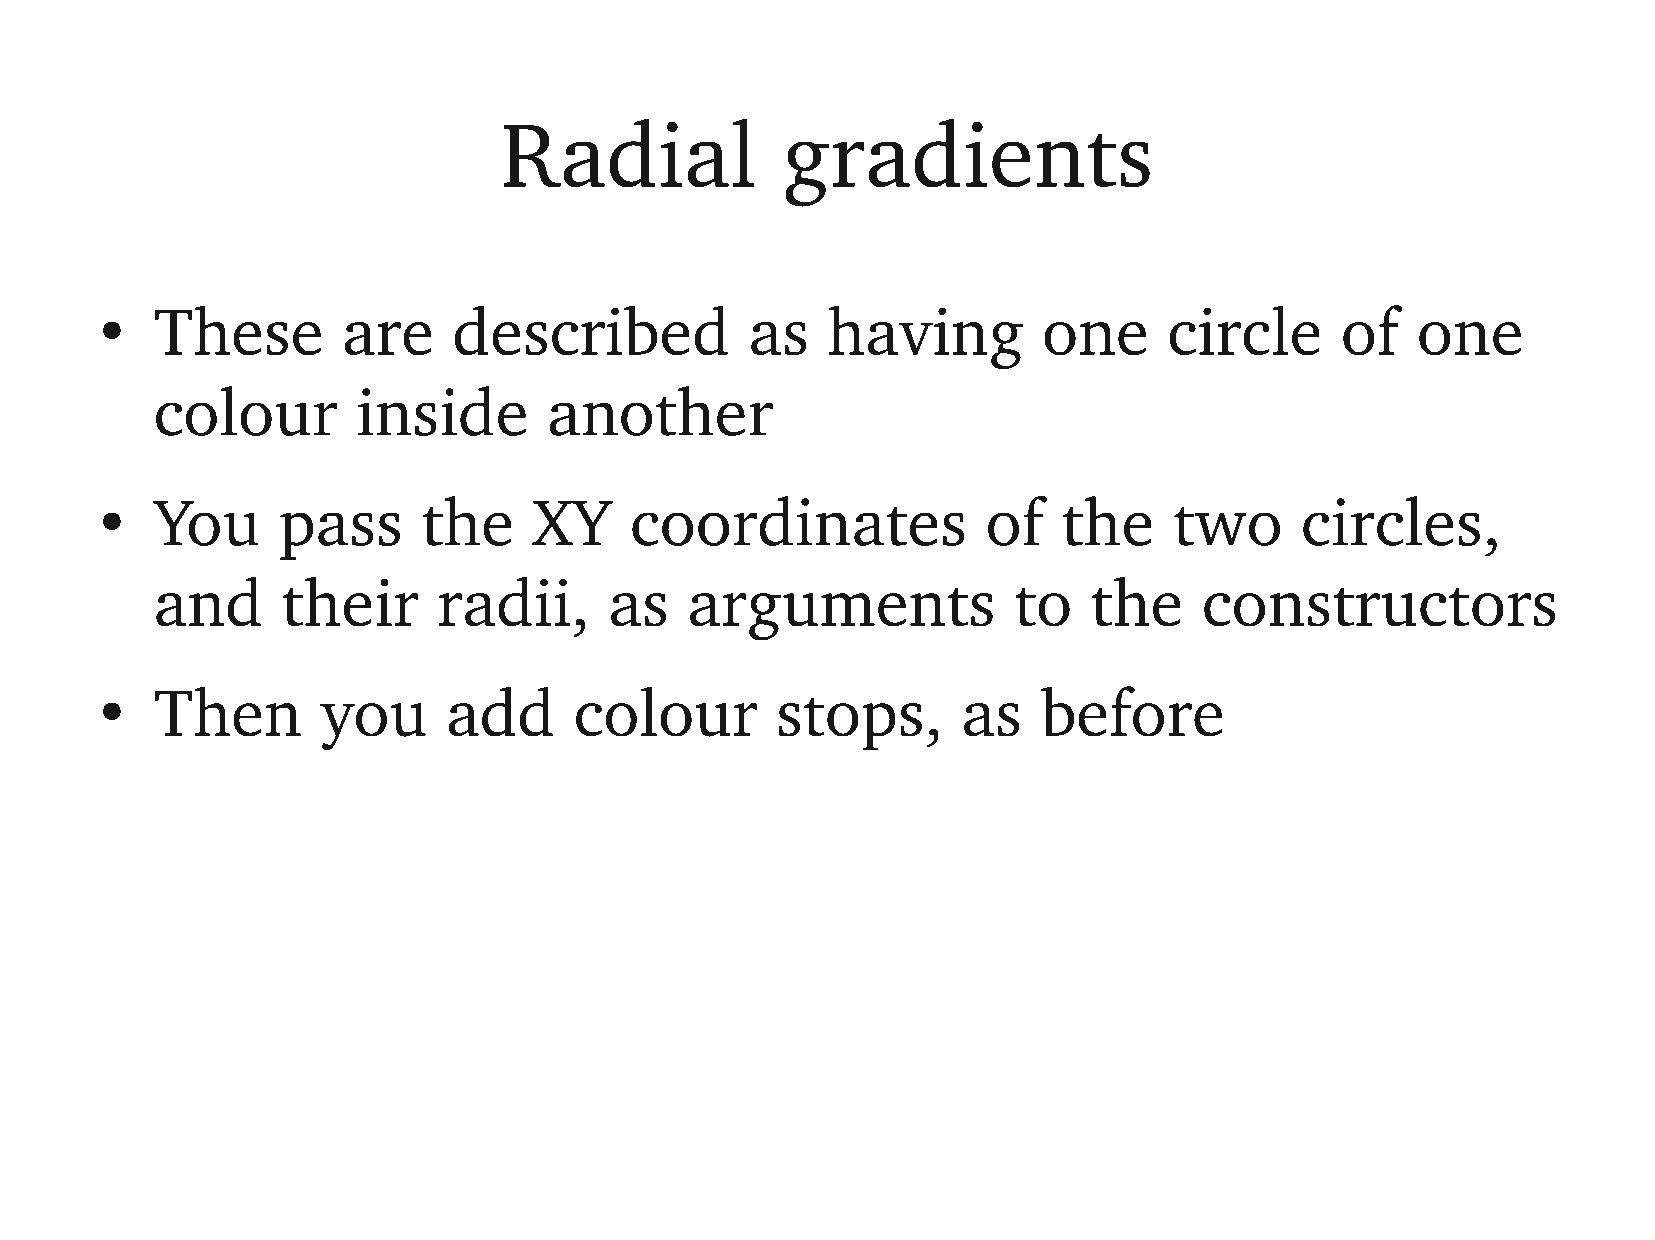
Radial             gradients
 These        are    described           as   having        one     circle      of   one
 ●
 colour        inside      another
 You     pass      the    XY     coordinates            of   the     two     circles,
 ●
 and      their     radii,     as   arguments             to   the     constructors
 Then       you      add     colour       stops,       as   before
 ●